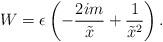
LaTeX: \begin{align*}W= \epsilon \left( - \frac {2 i m}{\tilde{x}} +\frac {1}{\tilde{x}^2} \right). \end{align*}